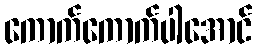
ကောက်ကောက်ပါအောင်